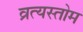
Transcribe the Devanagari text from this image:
व्रत्यस्तोम